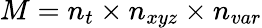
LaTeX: M=n_{t}\times{n_{xyz}}\times{n_{var}}